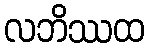
လဘိဿထ